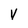
Character: V